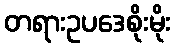
တရားဥပဒေစိုးမိုး